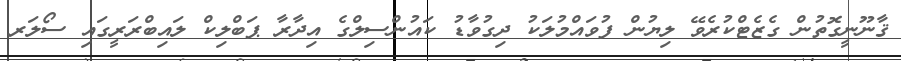
ޤާނޫނީގޮތުން ގެޒެޓްކުރެވޭ ލިޔުން ފުވައްމުލަކު ދިގުވާޑު ކައުންސިލްގެ އިދާރާ ޕަބްލިކް ލައިބްރަރީގައި ސޯލަރ